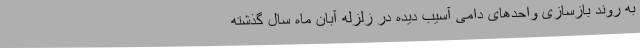
به روند بازسازی واحدهای دامی آسیب دیده در زلزله آبان ماه سال گذشته